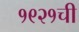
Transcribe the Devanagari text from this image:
१९२१ची